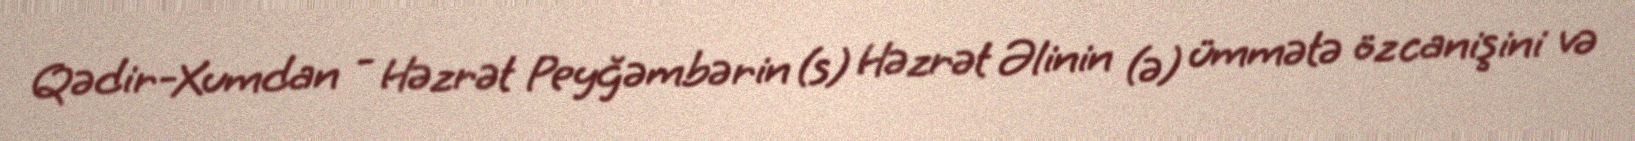
Qədir-Xumdan - Həzrət Peyğəmbərin (s) Həzrət Əlinin (ə) ümmətə öz canişini və